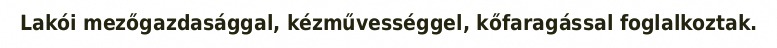
Lakói mezőgazdasággal, kézművességgel, kőfaragással foglalkoztak.